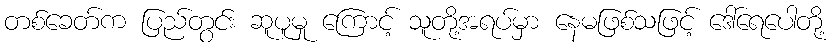
တစ်ခေတ်က ပြည်တွင်း ဆူပူမှု ကြောင့် သူတို့အရပ်မှာ နေမဖြစ်သဖြင့် ဒေါ်ရေပေါတို့